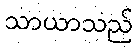
သာယာသည်